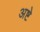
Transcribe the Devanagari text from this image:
अष्टे